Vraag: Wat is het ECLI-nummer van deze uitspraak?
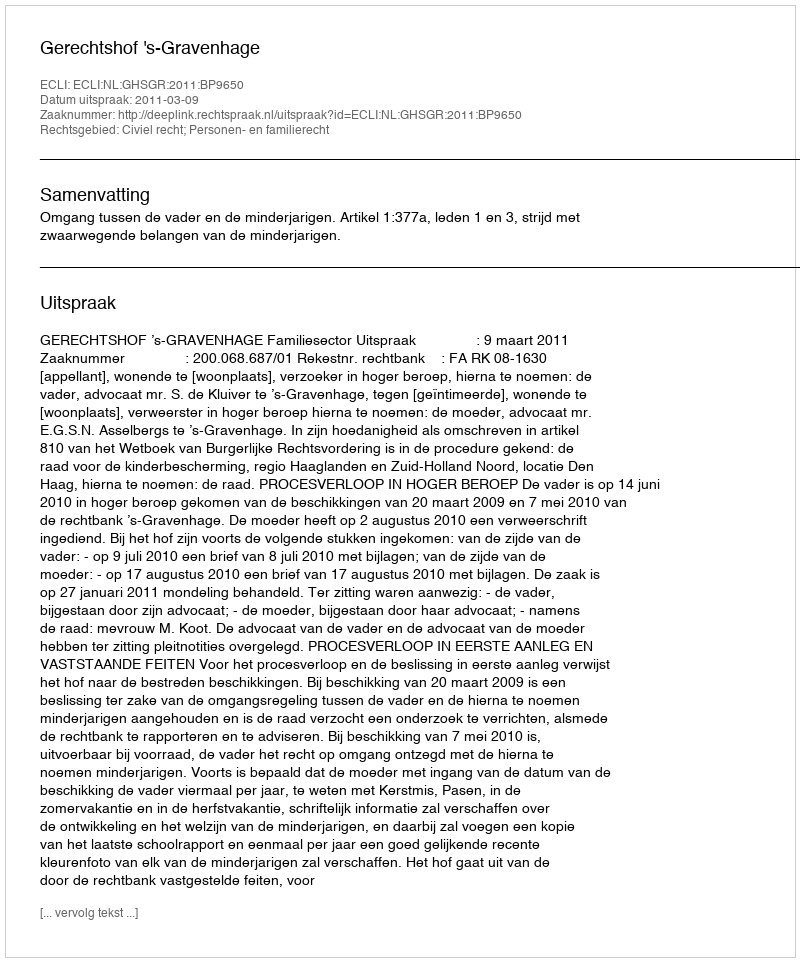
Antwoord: ECLI:NL:GHSGR:2011:BP9650